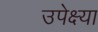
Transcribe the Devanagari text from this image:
उपेक्ष्या